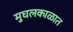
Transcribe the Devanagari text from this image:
मुघलकाळात